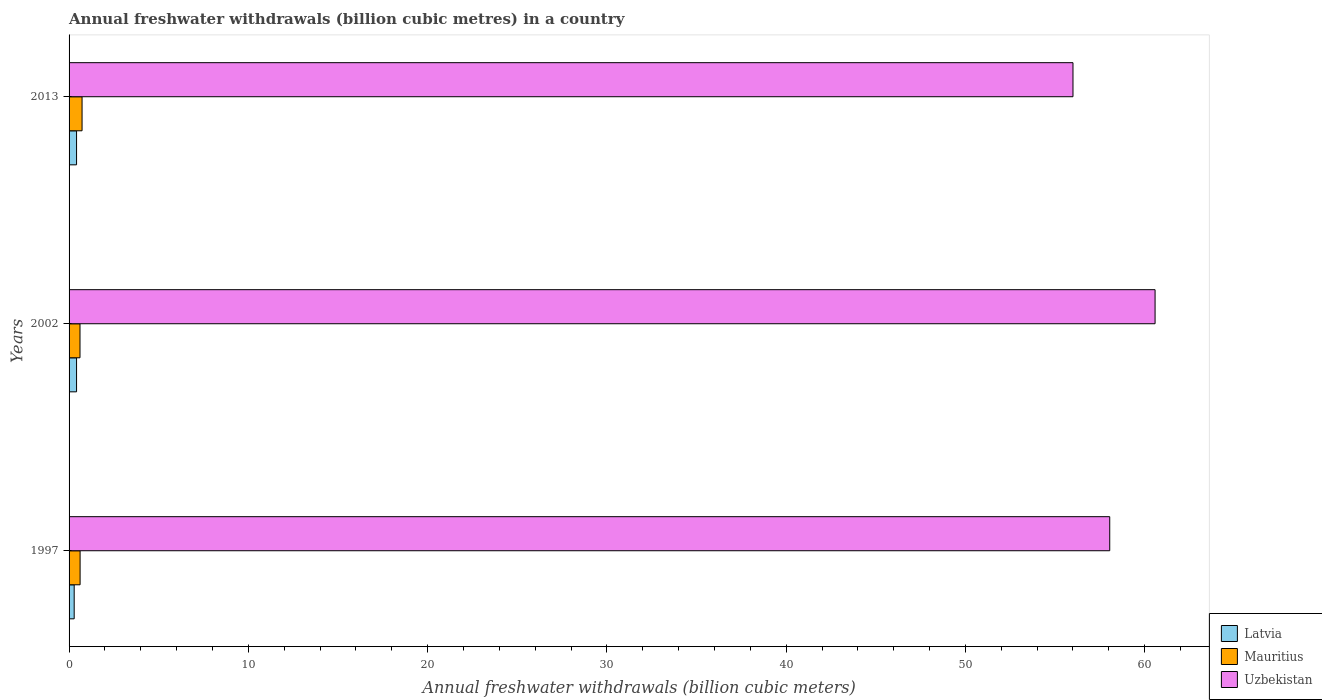
| Years | Latvia | Mauritius | Uzbekistan |
 | --- | --- | --- | --- |
 | 1997 | 0.285 | 0.615 | 58 |
 | 2002 | 0.418 | 0.61 | 60.6 |
 | 2013 | 0.418 | 0.725 | 56 |